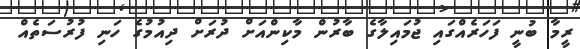
ރީމާ ބުނީ ފަހަރެއްގައި ޖުމައިލާގެ ބާރުން މާކިންއަށް ދުރަށް ދިއުމުގެ ހަނި ފުރުސަތެއް